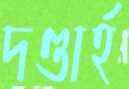
দণ্ডার্হ